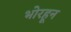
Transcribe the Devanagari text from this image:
भोरहून